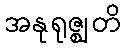
အနုရုဇ္ဈတိ